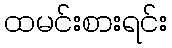
ထမင်းစားရင်း